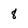
Character: 8